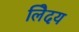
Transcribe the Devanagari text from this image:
लेिदय